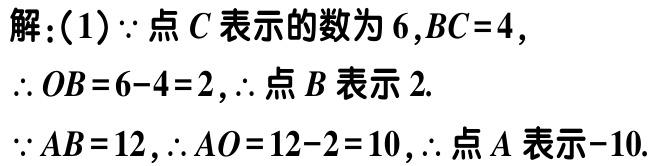
解：(1)$\because$点$C$表示的数为$6$,$BC = 4$,

$\therefore OB=6 - 4 = 2$,$\therefore$点$B$表示$2$.

$\because AB = 12$,$\therefore AO=12 - 2 = 10$,$\therefore$点$A$表示$-10$.